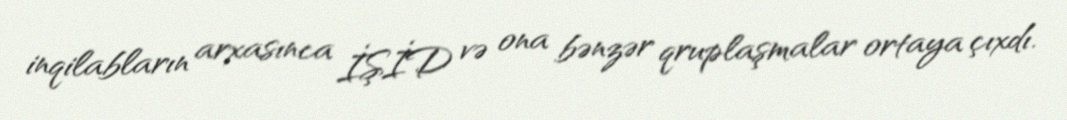
inqilabların arxasınca İŞİD və ona bənzər qruplaşmalar ortaya çıxdı.